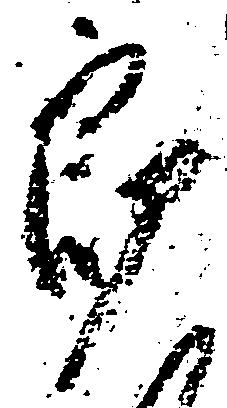
郎